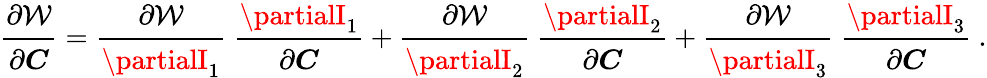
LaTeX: {\cfrac{\partial\mathcal{W}}{\partial{\boldsymbol{C}}}}={\cfrac{\partial\mathcal{W}}{\partialI_{1}}}~{\cfrac{\partialI_{1}}{\partial{\boldsymbol{C}}}}+{\cfrac{\partial\mathcal{W}}{\partialI_{2}}}~{\cfrac{\partialI_{2}}{\partial{\boldsymbol{C}}}}+{\cfrac{\partial\mathcal{W}}{\partialI_{3}}}~{\cfrac{\partialI_{3}}{\partial{\boldsymbol{C}}}}~.